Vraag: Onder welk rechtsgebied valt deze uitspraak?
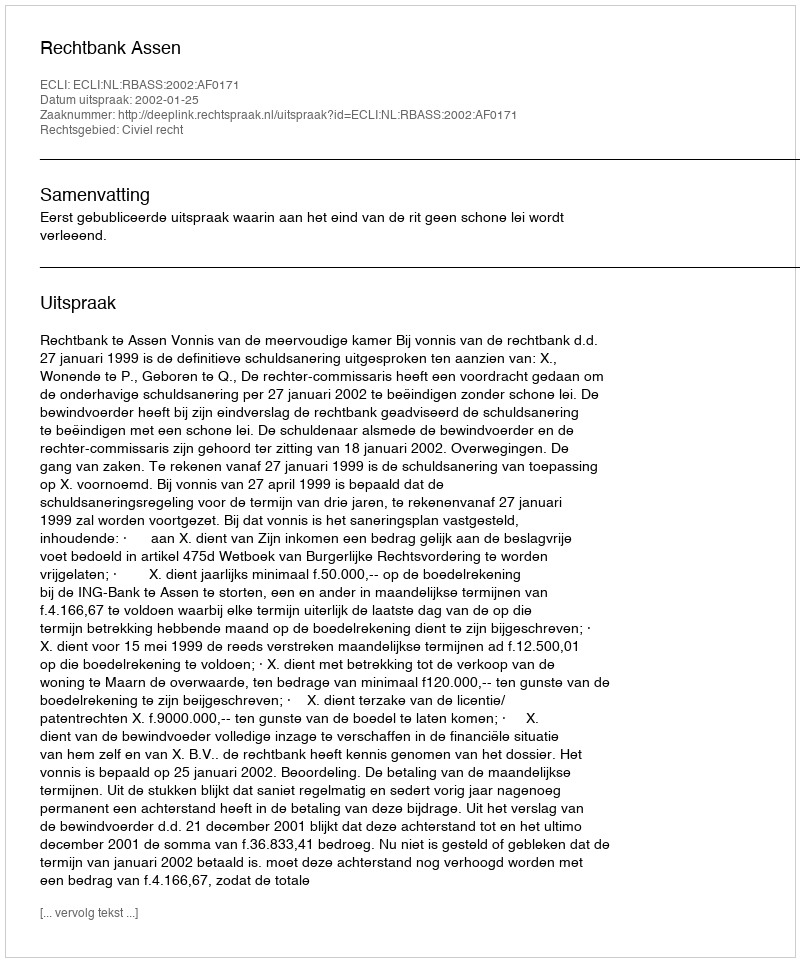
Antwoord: Civiel recht